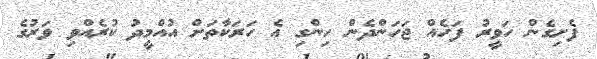
ފެށިގެން ހަވީރު ފަހެއް ޖަހަންދެން ހިންގި އެ ހަރަކާތަށް އުއްމީދު ކުރެއްވި ވަރުގެ